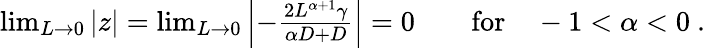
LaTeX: \begin{array}{r}{\operatorname*{lim}_{L\to 0}|z|=\operatorname*{lim}_{L\to 0}\left|-\frac{2L^{\alpha+1}\gamma}{\alpha D+D}\right|=0\qquad\mathrm{for}\quad-1<\alpha<0\ .}\end{array}